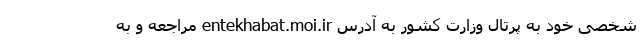
شخصی خود به پرتال وزارت کشور به آدرس entekhabat.moi.ir مراجعه و به